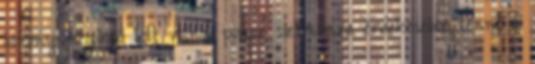
bizony meglepő lett volna, plusz számomra érdekesebbé tenné a